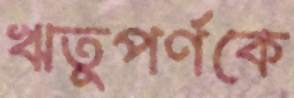
ঋতুপর্ণকে